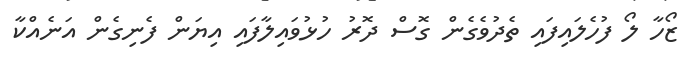
ޒޯހާ ލޯ ފުހެލައިފައި ތެދުވެގެން ގޮސް ދޮރު ހުޅުވައިލާފައި އިޔަން ފެނިގެން އަނެއްކާ